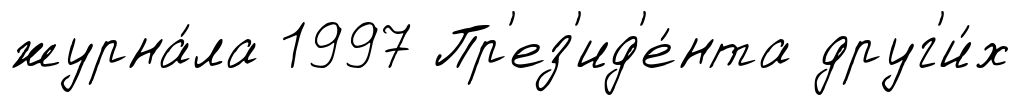
журна́ла 1997 Пр'ез'ид'е́нта друг'и́х